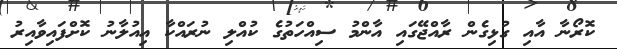
ކޮރޯނާ އާއި ގުޅިގެން ރާއްޖޭގައި އާންމު ސިއްހަތުގެ ކުއްލި ނުރައްކާ އިއުލާނު ކޮށްފައިވާއިރު